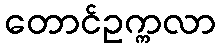
တောင်ဥက္ကလာ